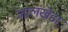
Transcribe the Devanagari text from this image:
जालखेडा